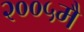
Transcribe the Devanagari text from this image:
२००५मै